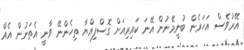
އޭރުވެސް އަހަރެން ބުނީމޭނުން އޭނަ ކައިރިއަށް ގޮސްފިއްޔާ ތިހެންނޭ ވާނީ އެތަނުން އެއް